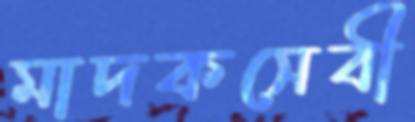
মাদকসেবী